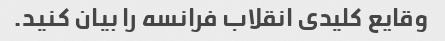
وقایع کلیدی انقلاب فرانسه را بیان کنید.